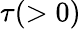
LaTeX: \tau(>0)